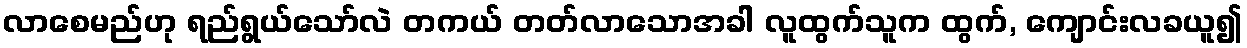
လာစေမည်ဟု ရည်ရွယ်သော်လဲ တကယ် တတ်လာသောအခါ လူထွက်သူက ထွက်, ကျောင်းလခယူ၍